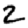
Digit: 2